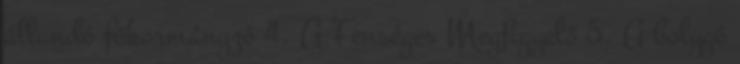
állandó főkormányzó 4. A Fenséges Megfigyelő 5. A bolygó